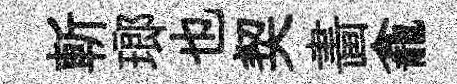
斬瑯也契畵龕